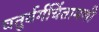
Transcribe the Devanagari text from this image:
चतुर्वर्गचिंतामणी